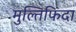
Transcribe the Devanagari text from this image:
मुल्तिफिदा